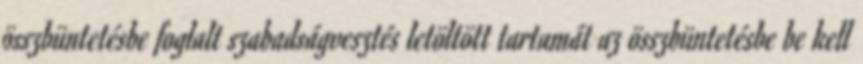
összbüntetésbe foglalt szabadságvesztés letöltött tartamát az összbüntetésbe be kell